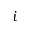
i